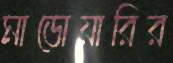
মাডোয়ারির